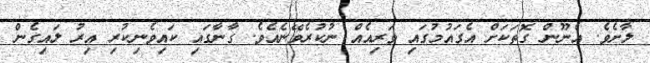
ލާށެވެ. އެނޫން ގޮތަކަށް އެގައުމުގައި ވަރިއެއް ނުކުރެވޭނެއެވެ. ގާނާގައި ކައިވެނިކުރި އިރު ލައިގެން